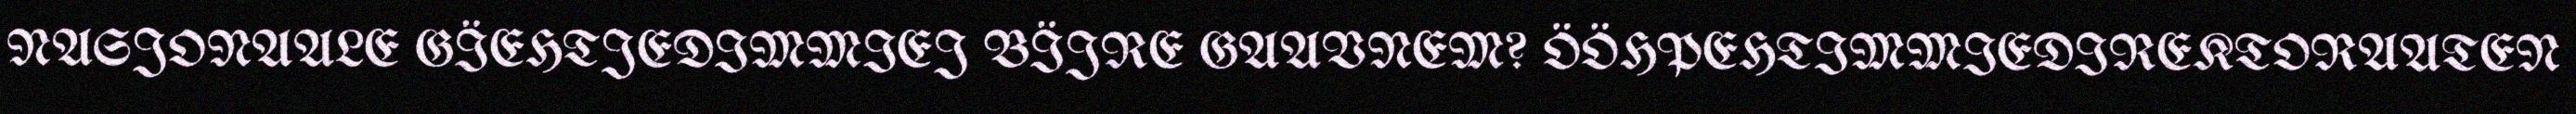
NASJONAALE GÏEHTJEDIMMIEJ BÏJRE GAAVNEM? ÖÖHPEHTIMMIEDIREKTORAATEN